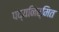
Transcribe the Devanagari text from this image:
पद्यनिर्मित